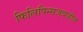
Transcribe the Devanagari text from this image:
फिलिपिन्सजवळील